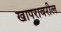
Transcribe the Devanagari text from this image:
खापरावरील